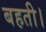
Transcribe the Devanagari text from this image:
बहती।